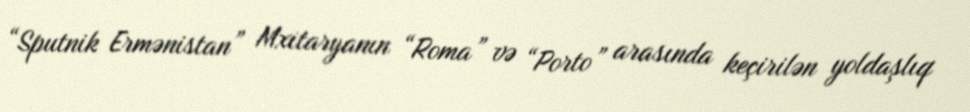
“Sputnik Ermənistan” Mxitaryanın “Roma” və “Porto” arasında keçirilən yoldaşlıq